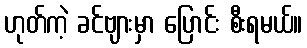
ဟုတ်ကဲ့ ခင်ဗျားမှာ ပြောင်း စီးရမယ်။